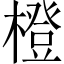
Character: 橙